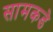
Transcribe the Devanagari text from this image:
सामकडे